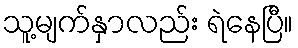
သူ့မျက်နှာလည်း ရဲနေပြီ။